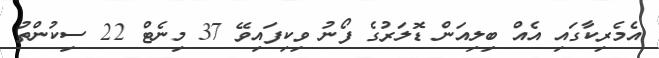
އެމެރިކާގައި އެއް ބިލިއަން ޑޮލަރުގެ ފޯނު ވިކިފައިވޭ 37 މިނެޓް 22 ސިކުންތު